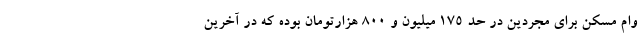
وام مسکن برای مجردین در حد 175 میلیون و 800 هزارتومان بوده که در آخرین